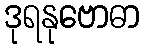
ဒုရနုဗောဓာ